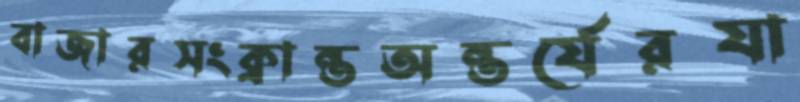
বাজারসংক্রান্তঅন্তর্যেরযা